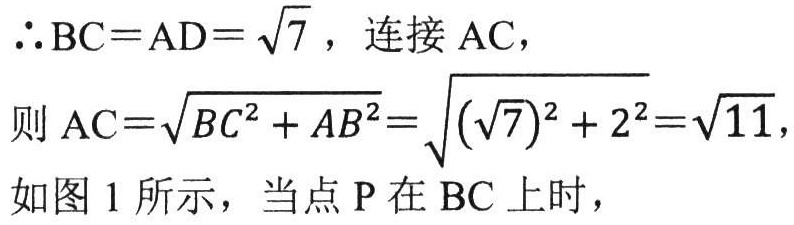
$\therefore \mathrm{BC}=\mathrm{AD}=\sqrt{7}$，连接 $\mathrm{AC}$，
则 $\mathrm{AC}=\sqrt{B C^{2}+A B^{2}}=\sqrt{(\sqrt{7})^{2}+2^{2}}=\sqrt{11}$，
如图 1 所示，当点 $\mathrm{P}$ 在 $\mathrm{BC}$ 上时，